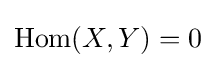
\operatorname {Hom} (X,Y)=0